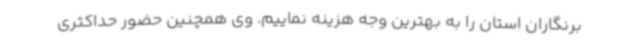
برنگاران استان را به بهترین وجه هزینه نماییم. وی همچنین حضور حداکثری